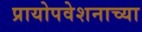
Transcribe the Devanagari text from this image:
प्रायोपवेशनाच्या